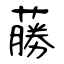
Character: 蕂